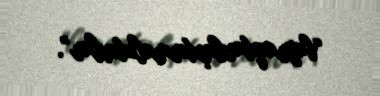
“bayraqdarlaşdırmalıdırlar”.